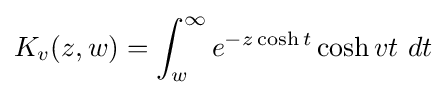
K_{v}(z,w)=\int _{w}^{\infty }e^{-z\cosh t}\cosh vt~dt